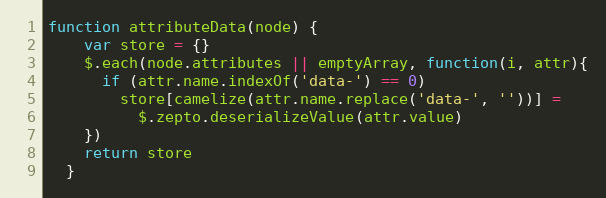
Language: JavaScript
function attributeData(node) {
    var store = {}
    $.each(node.attributes || emptyArray, function(i, attr){
      if (attr.name.indexOf('data-') == 0)
        store[camelize(attr.name.replace('data-', ''))] =
          $.zepto.deserializeValue(attr.value)
    })
    return store
  }